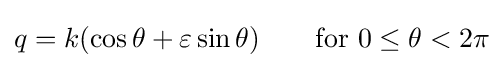
q=k(\cos \theta +\varepsilon \sin \theta )\qquad {\mbox{for }}0\leq \theta <2\pi